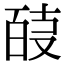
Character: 𭆴